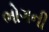
ભોગની